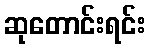
ဆုတောင်းရင်း